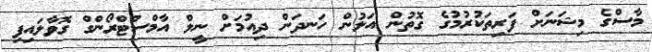
މާސްގެ މިޝަނަށް ފަރިތަކުރުމުގެ ގޮތުން އަލުން ހަނދަން ދިއުމަށް ނީލް އާމްސްޓްރޯންގް ގޮވާލައިފި